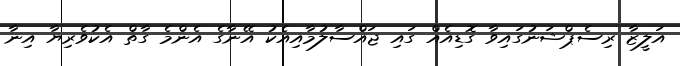
އަލީޒާ ރިސެޕްޝަނުގައިވާ ގޮޑިއެއް ގައި ޖައްސާލުމާއިއެކު އޭނާގެ އެންމެ ގާތް އެކުވެރިޔާ އިނާ